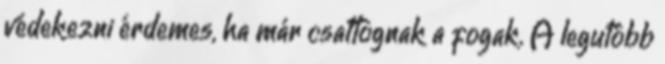
védekezni érdemes, ha már csattognak a fogak. A legutóbb